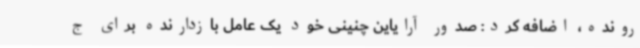
رونده، اضافه کرد: صدور آرایاین چنینی خود یک عامل بازدارنده برای ج